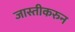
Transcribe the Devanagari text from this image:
जास्तीकरुन